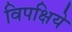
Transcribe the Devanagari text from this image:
विपक्षिये